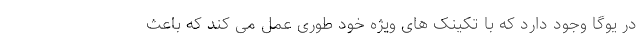
در یوگا وجود دارد که با تکینک های ویژه خود طوری عمل می کند که باعث